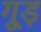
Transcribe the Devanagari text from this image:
गूड़